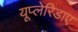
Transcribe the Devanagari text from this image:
यूप्लेरिडाए